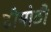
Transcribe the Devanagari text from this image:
टीमोठी